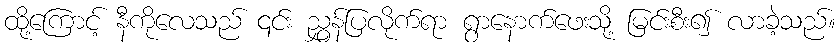
ထို့ကြောင့် နီကိုလေသည် ၎င်း ညွှန်ပြလိုက်ရာ ရွာနောက်ဖေးသို့ မြင်းစီး၍ လာခဲ့သည်။